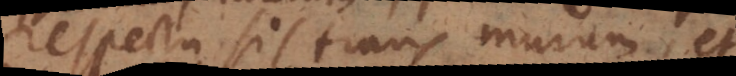
respectu sis trans murum, et